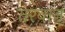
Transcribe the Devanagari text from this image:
तरवान्